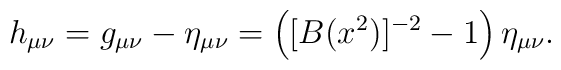
h_{\mu\nu} = g_{\mu\nu} - \eta_{\mu\nu} =\left ([B(x^2)]^{-2} - 1\right ) \eta_{\mu\nu}.